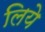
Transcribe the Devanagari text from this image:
लियेे